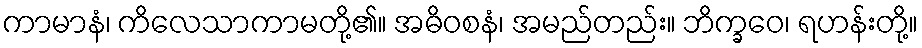
ကာမာနံ၊ ကိလေသာကာမတို့၏။ အဓိဝစနံ၊ အမည်တည်း။ ဘိက္ခဝေ၊ ရဟန်းတို့။